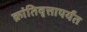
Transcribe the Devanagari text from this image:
क्रांतिवृत्तापर्यंत